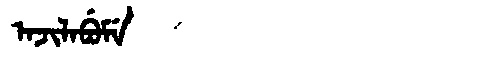
Manchu: ᠠᠵᡳᠯᠠᠪᡠᠮᡝ
Romanization: AJILABUME